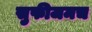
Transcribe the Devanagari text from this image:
सुफीजमच